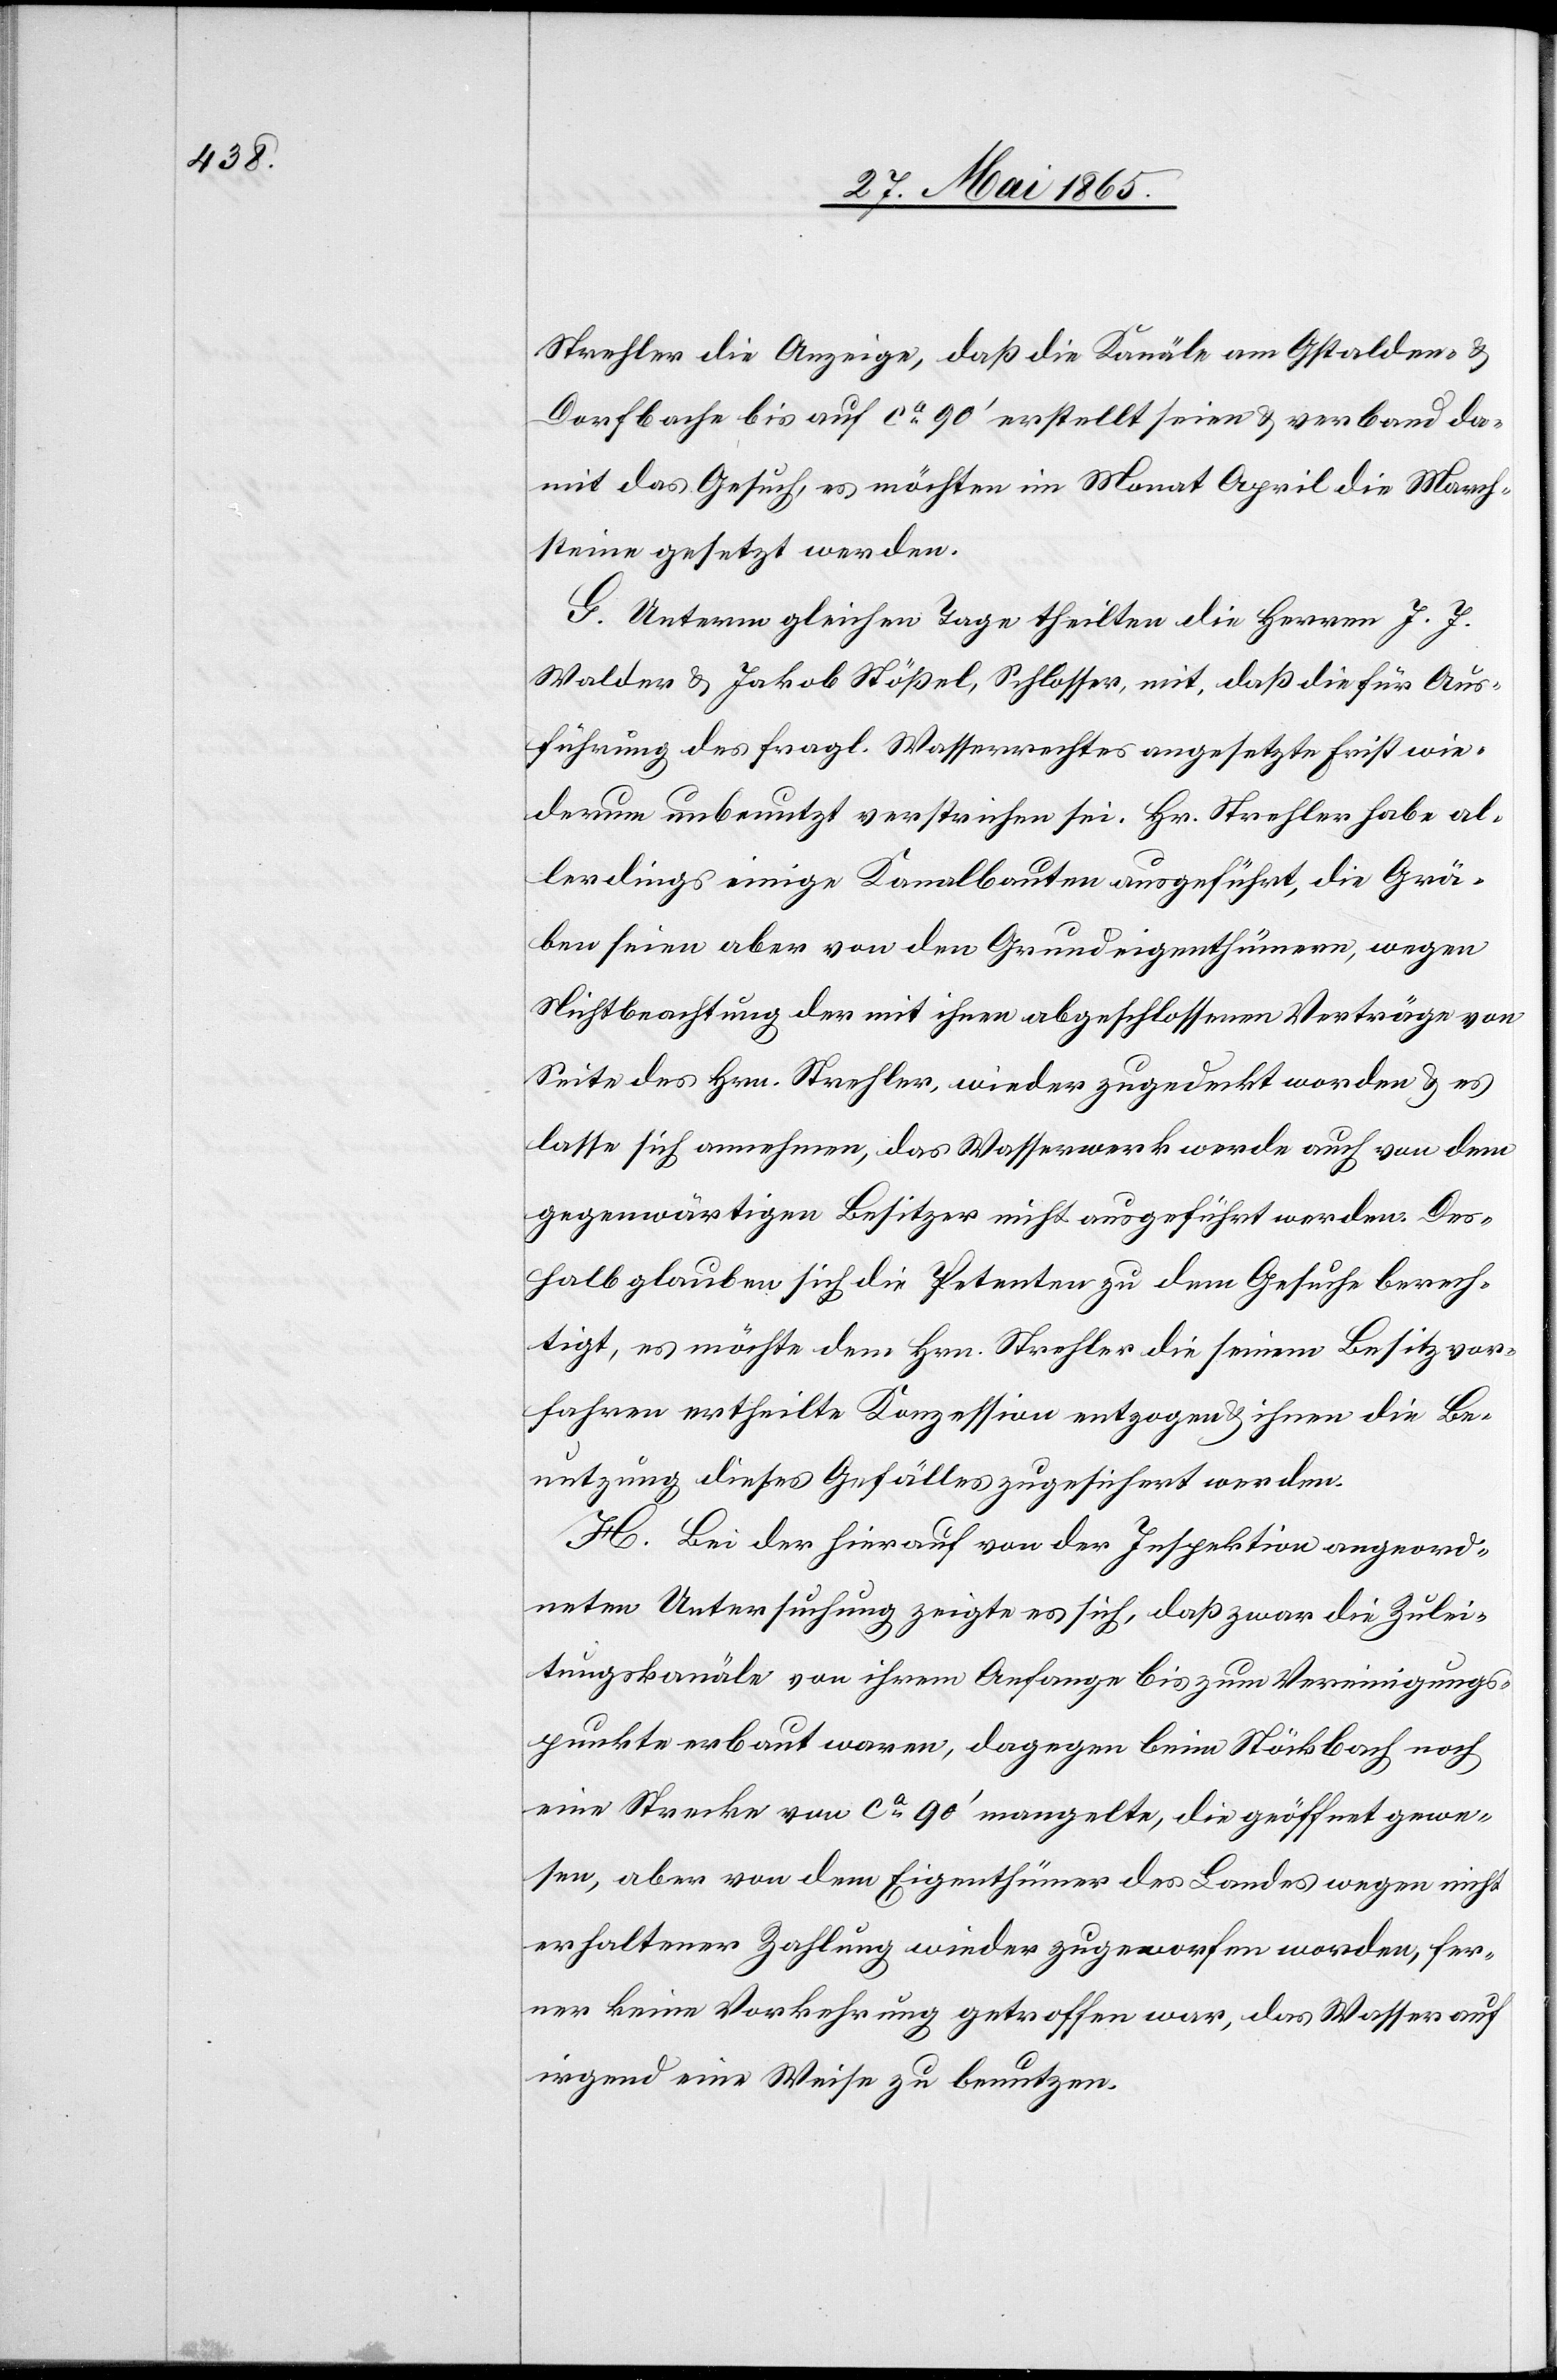
Strehler die Anzeige, daß die Kanäle am Gstalden- &
Dorfbache bis auf ca 90’ erstellt seien & verband da¬
mit das Gesuch, es möchten im Monat April die March¬
steine gesetzt werden.
G. Unterm gleichen Tage theilten die Herrn J. J.
Walder & Jakob Stößel, Schlosser, mit, daß die für Aus¬
führung des fragl. Wasserrechtes angesetzte Frist wie¬
derum unbenutzt verstrichen sei. Hr. Strehler habe al¬
lerdings einige Kanalbauten ausgeführt, die Grä¬
ben seien aber von den Grundeigenthümern, wegen
Nichtbeachtung der mit ihnen abgeschlossenen Verträge von
Seite des Hrn. Strehler, wieder zugedeckt worden & es
lasse sich annehmen, das Wasserwerk werde auch von dem
gegenwärtigen Besitzer nicht ausgeführt werden. Des¬
halb glauben sich die Petenten zu dem Gesuche berech¬
tigt, es möchte dem Hrn. Strehler die seinem Besitzvor¬
fahren ertheilte Konzession entzogen & ihnen die Be¬
nutzung dieses Gefälles zugesichert werden.
H. Bei der hierauf von der Inspektion angeord¬
neten Untersuchung zeigte sich, daß zwar die Zulei¬
tungskanäle von ihrem Anfange bis zum Vereinigungs¬
punkte erbaut waren, dagegen beim Stöckbach noch
eine Strecke von ca 90’ mangelte, die geöffnet gewe¬
sen, aber von dem Eigenthümer des Landes wegen nicht
erhaltener Zahlung wieder zugeworfen worden, fer¬
ner keine Vorkehrung getroffen war, das Wasser auf
irgend eine Weise zu benutzen.